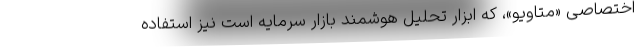
اختصاصی «متاویو»، که ابزار تحلیل هوشمند بازار سرمایه است نیز استفاده